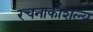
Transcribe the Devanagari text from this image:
रचनाकौशल्य